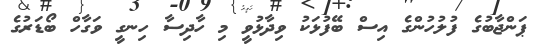
ޕަންޖާބުގެ ފުލުހުންގެ އިސް ބޭފުޅަކު ވިދާޅުވީ މި ހާދިސާ ހިނގީ ވަގާހް ބޯޑަރުގެ